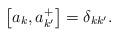
LaTeX: \begin{align*}\left[ a_{k},a_{k^{\prime }}^{+}\right] =\delta _{k k^{\prime }}.\end{align*}